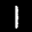
Label: 1